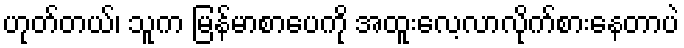
ဟုတ်တယ်၊ သူက မြန်မာစာပေကို အထူးလေ့လာလိုက်စားနေတာပဲ